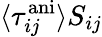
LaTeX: \langle\tau_{ij}^{\mathrm{ani}}\rangle S_{ij}